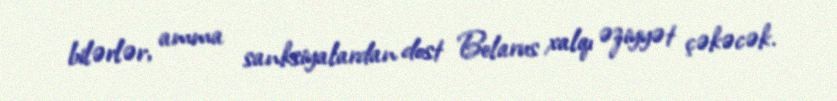
bilərlər, amma sanksiyalardan dost Belarus xalqı əziyyət çəkəcək.